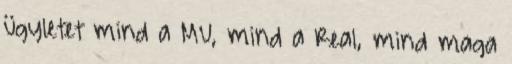
ügyletet mind a MU, mind a Real, mind maga